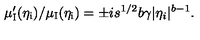
\mu _ { \mathrm { I } } ^ { \prime } ( \eta _ { \mathrm { i } } ) / \mu _ { \mathrm { I } } ( \eta _ { \mathrm { i } } ) = \pm i s ^ { 1 / 2 } b \gamma \vert \eta _ { i } \vert ^ { b - 1 } .